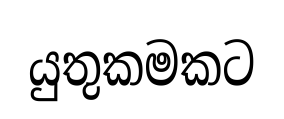
යුතුකමකට